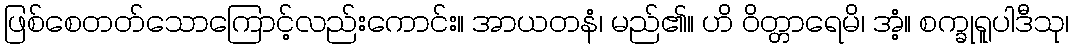
ဖြစ်စေတတ်သောကြောင့်လည်းကောင်း။ အာယတနံ၊ မည်၏။ ဟိ ဝိတ္တာရေမိ၊ အံ့။ စက္ခုရူပါဒီသု၊